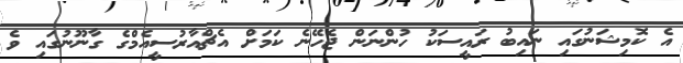
އެ ކޮމިޝަނުގައި ނައިބު ރައީސަކު ހުންނަން ޖެހޭނެ ކަމަށް އެޗްއާރުސީއެމްގެ ގާނޫނުގައި ވެ